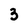
Character: 3